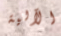
الآلية